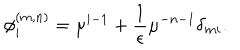
LaTeX: \phi _ { i } ^ { ( m , n ) } = \mu ^ { i - 1 } + \frac { 1 } { \epsilon } \mu ^ { - n - 1 } \delta _ { m i } .